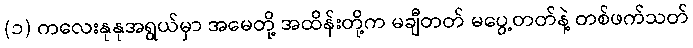
(၁) ကလေးနုနုအရွယ်မှာ အမေတို့ အထိန်းတို့က မချီတတ် မပွေ့တတ်နဲ့ တစ်ဖက်သတ်